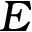
E